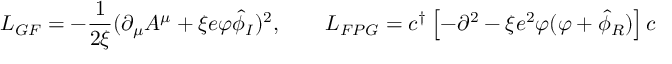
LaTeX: { \cal L } _ { G F } = - \frac { 1 } { 2 \xi } ( \partial _ { \mu } A ^ { \mu } + \xi e \varphi \hat { \phi } _ { I } ) ^ { 2 } , \qquad { \cal L } _ { F P G } = c ^ { \dagger } \left[ - \partial ^ { 2 } - \xi e ^ { 2 } \varphi ( \varphi + \hat { \phi } _ { R } ) \right] c